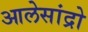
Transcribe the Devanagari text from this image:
आलेसांद्रो